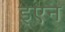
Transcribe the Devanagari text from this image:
इएन